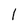
Character: 1